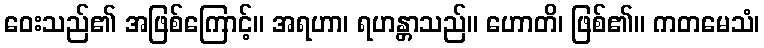
ဝေးသည်၏ အဖြစ်ကြောင့်။ အရဟာ၊ ရဟန္တာသည်။ ဟောတိ၊ ဖြစ်၏။ ကတမေသံ၊